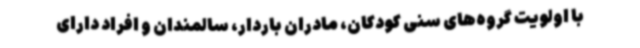
با اولویت گروه‌های سنی کودکان، مادران باردار، سالمندان و افراد دارای